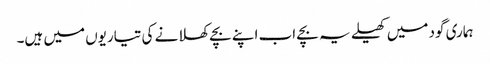
ہماری گود میں کھیلے یہ بچے اب اپنے بچے کھلانے کی تیاریوں میں ہیں۔